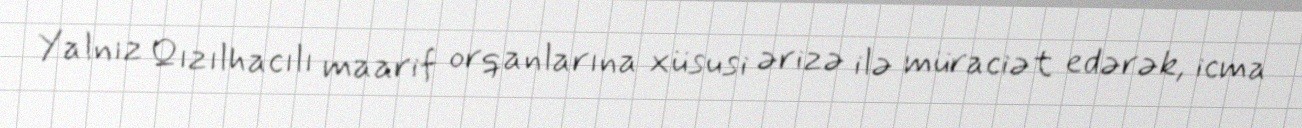
Yalnız Qızılhacılı maarif orqanlarına xüsusi ərizə ilə müraciət edərək, icma